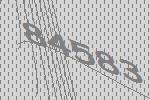
84583